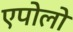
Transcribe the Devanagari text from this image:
एपोलो